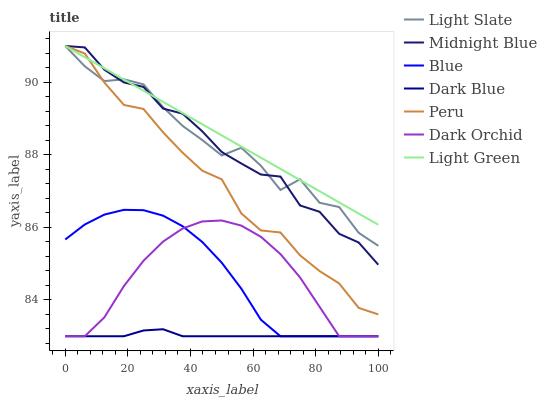
| xaxis_label | Light Slate | Midnight Blue | Blue | Dark Blue | Peru | Dark Orchid | Light Green |
 | --- | --- | --- | --- | --- | --- | --- | --- |
 | 0 | 91 | 91 | 85.7 | 83 | 91 | 83 | 91 |
 | 6.25 | 90.4 | 91 | 86.1 | 83 | 90.8 | 83 | 90.7 |
 | 12.5 | 90 | 90.3 | 86.4 | 83 | 90 | 83.5 | 90.4 |
 | 18.8 | 90.1 | 90 | 86.5 | 83 | 89.4 | 84.4 | 90.1 |
 | 25 | 89.9 | 89.9 | 86.5 | 83.2 | 89.3 | 85.1 | 89.8 |
 | 31.2 | 89.3 | 89.3 | 86.3 | 83.2 | 88.6 | 85.6 | 89.5 |
 | 37.5 | 88.8 | 89.1 | 86 | 83 | 88.1 | 86 | 89.2 |
 | 43.8 | 88.4 | 88.7 | 85.6 | 83 | 87.6 | 86.2 | 88.8 |
 | 50 | 88 | 88.1 | 85 | 83 | 87.3 | 86.2 | 88.5 |
 | 56.2 | 88.2 | 87.8 | 84.3 | 83 | 86.4 | 86 | 88.2 |
 | 62.5 | 87.7 | 87.5 | 83.5 | 83 | 85.9 | 85.7 | 87.9 |
 | 68.8 | 87 | 87.4 | 83 | 83 | 85.9 | 85.3 | 87.6 |
 | 75 | 87.3 | 86.6 | 83 | 83 | 85.2 | 84.6 | 87.3 |
 | 81.2 | 86.7 | 86.4 | 83 | 83 | 84.8 | 83.8 | 87 |
 | 87.5 | 86.6 | 85.8 | 83 | 83 | 84.5 | 83 | 86.7 |
 | 93.8 | 85.9 | 85.6 | 83 | 83 | 83.8 | 83 | 86.4 |
 | 100 | 85.5 | 85 | 83 | 83 | 83.6 | 83 | 86.1 |